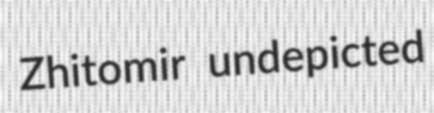
Zhitomir undepicted